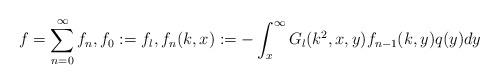
LaTeX: \begin{align*}f = \sum_{n=0}^\infty f_{n},f_0 := f_l,f_n(k,x) := -\int_x^\infty G_l(k^2,x,y)f_{n-1}(k,y)q(y)dy\end{align*}